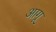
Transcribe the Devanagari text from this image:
आगू